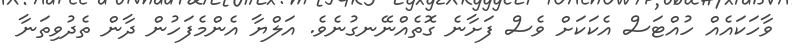
ވާހަކައެއް ހުއްޓަސް އެކަކަށް ވެސް ފަށާނެ ގޮތެއްނޭނގުނެވެ. އަލްޔާ އެންމެފަހުން ދާން ތެދުވިތަނާ